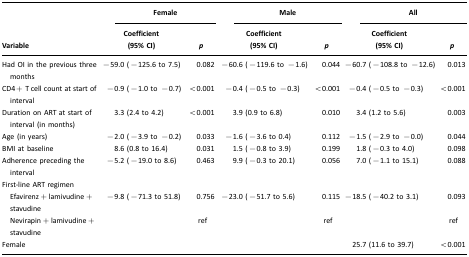
<table><thead><tr><td></td><td colspan="2"><b>Female</b></td><td colspan="2"><b>Male</b></td><td colspan="2"><b>All</b></td></tr><tr><td><b>Variable</b></td><td><b>Coefficient (95% CI)</b></td><td><b><i>p</i></b></td><td><b>Coefficient (95% CI)</b></td><td><b><i>p</i></b></td><td><b>Coefficient (95% CI)</b></td><td><b><i>p</i></b></td></tr></thead><tbody><tr><td>Had OI in the previous three months</td><td>−59.0 (−125.6 to 7.5)</td><td>0.082</td><td>−60.6 (−119.6 to −1.6)</td><td>0.044</td><td>−60.7 (−108.8 to −12.6)</td><td>0.013</td></tr><tr><td>CD4+ T cell count at start of interval</td><td>−0.9 (−1.0 to −0.7)</td><td>&lt;0.001</td><td>−0.4 (−0.5 to −0.3)</td><td>&lt;0.001</td><td>−0.4 (−0.5 to −0.3)</td><td>&lt;0.001</td></tr><tr><td>Duration on ART at start of interval (in months)</td><td>3.3 (2.4 to 4.2)</td><td>&lt;0.001</td><td>3.9 (0.9 to 6.8)</td><td>0.010</td><td>3.4 (1.2 to 5.6)</td><td>0.003</td></tr><tr><td>Age (in years)</td><td>−2.0 (−3.9 to −0.2)</td><td>0.033</td><td>−1.6 (−3.6 to 0.4)</td><td>0.112</td><td>−1.5 (−2.9 to −0.0)</td><td>0.044</td></tr><tr><td>BMI at baseline</td><td>8.6 (0.8 to 16.4)</td><td>0.031</td><td>1.5 (−0.8 to 3.9)</td><td>0.199</td><td>1.8 (−0.3 to 4.0)</td><td>0.098</td></tr><tr><td>Adherence preceding the interval</td><td>−5.2 (−19.0 to 8.6)</td><td>0.463</td><td>9.9 (−0.3 to 20.1)</td><td>0.056</td><td>7.0 (−1.1 to 15.1)</td><td>0.088</td></tr><tr><td>First-line ART regimen</td><td></td><td></td><td></td><td></td><td></td><td></td></tr><tr><td> Efavirenz+lamivudine+stavudine</td><td>−9.8 (−71.3 to 51.8)</td><td>0.756</td><td>−23.0 (−51.7 to 5.6)</td><td>0.115</td><td>−18.5 (−40.2 to 3.1)</td><td>0.093</td></tr><tr><td> Nevirapin+lamivudine+stavudine</td><td></td><td>ref</td><td></td><td>ref</td><td></td><td>ref</td></tr><tr><td>Female</td><td></td><td></td><td></td><td></td><td>25.7 (11.6 to 39.7)</td><td>&lt;0.001</td></tr></tbody></table>